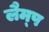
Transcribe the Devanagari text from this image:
लैम्‍प